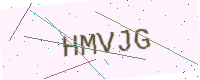
Text: HMVJG